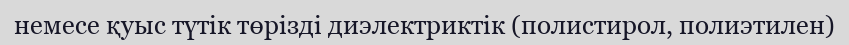
немесе қуыс түтік төрізді диэлектриктік (полистирол, полиэтилен)